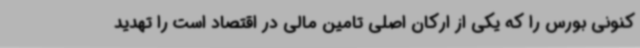
کنونی بورس را که یکی از ارکان اصلی تامین مالی در اقتصاد است را تهدید